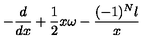
- \frac { d } { d x } + \frac { 1 } { 2 } x \omega - \frac { ( - 1 ) ^ { N } l } { x }